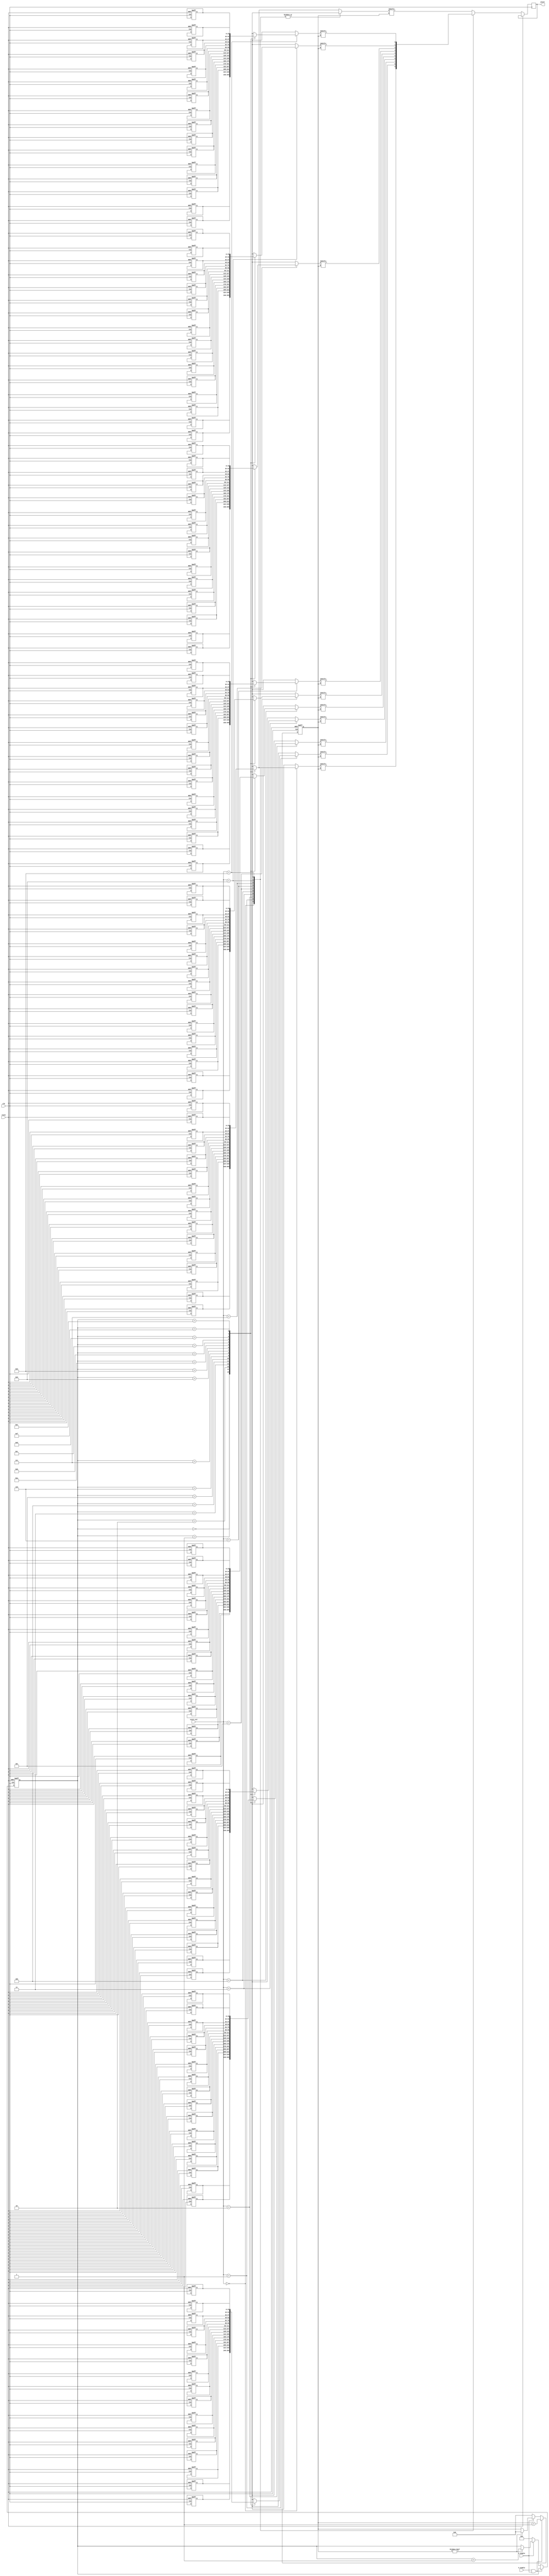
`timescale 1ns / 1ps
//////////////////////////////////////////////////////////////////////////////////
// Company: UTH
// 
// Design Name: 
// Module Name:    score_rom 
// Project Name: 
// Target Devices: 
// Tool versions: 
// Description: 
//
// Dependencies: 
//
// Revision: 
// Revision 0.01 - File Created
// Additional Comments: 
//
//////////////////////////////////////////////////////////////////////////////////
module score_rom(input clk, input reset,input [3:0] score_val, input h_enable,
input v_enable,
output reg pixel);
	reg pixel_temp;
	reg [15:0] zero [15:0];
	reg [15:0] one [15:0];
	reg [15:0] two [15:0];
	reg [15:0] three [15:0];
	reg [15:0] four [15:0];
	reg [15:0] five [15:0];
	reg [15:0] six [15:0];
	reg [15:0] seven [15:0];
	reg [15:0] eight [15:0];
	reg [15:0] nine [15:0];
	reg [4:0] counter_x;
	reg [3:0] counter_y;
	parameter S0 = 4'h0;
	parameter S1 = 4'h1;
	parameter S2 = 4'h2;
	parameter S3 = 4'h3;
	parameter S4 = 4'h4;
	parameter S5 = 4'h5;
	parameter S6 = 4'h6;
	parameter S7 = 4'h7;
	parameter S8 = 4'h8;
	parameter S9 = 4'h9;
	
	always @(posedge clk or posedge reset)
		begin
			if(reset)
				begin
//zero
					zero[0] <= 16'hffff;
					zero[1] <= 16'hffff;
					zero[2] <= 16'hf00f;
					zero[3] <= 16'hf00f;
					zero[4] <= 16'hf00f;
					zero[5] <= 16'hf00f;
					zero[6] <= 16'hf00f;
					zero[7] <= 16'hf00f;
					zero[8] <= 16'hf00f;
					zero[9] <= 16'hf00f;
					zero[10] <= 16'hf00f;
					zero[11] <= 16'hf00f;
					zero[12] <= 16'hf00f;
					zero[13] <= 16'hf00f;
					zero[14] <= 16'hffff;
					zero[15] <= 16'hffff;
//one
					one[0] <= 16'h03c0;
					one[1] <= 16'h03c0;
					one[2] <= 16'h03c0;
					one[3] <= 16'h03c0;
					one[4] <= 16'h03c0;
					one[5] <= 16'h03c0;
					one[6] <= 16'h03c0;
					one[7] <= 16'h03c0;
					one[8] <= 16'h03c0;
					one[9] <= 16'h03c0;
					one[10] <= 16'h03c0;
					one[11] <= 16'h03c0;
					one[12] <= 16'h03c0;
					one[13] <= 16'h03c0;
					one[14] <= 16'hffff;
					one[15] <= 16'hffff;
//two
					two[0] <= 16'hffff;
					two[1] <= 16'hffff;
					two[2] <= 16'hf000;
					two[3] <= 16'hf000;
					two[4] <= 16'hf000;
					two[5] <= 16'hf000;
					two[6] <= 16'hf000;
					two[7] <= 16'hffff;
					two[8] <= 16'hffff;
					two[9] <= 16'h000f;
					two[10] <= 16'h000f;
					two[11] <= 16'h000f;
					two[12] <= 16'h000f;
					two[13] <= 16'h000f;
					two[14] <= 16'hffff;
					two[15] <= 16'hffff;
//three
					three[0] <= 16'hffff;
					three[1] <= 16'hffff;
					three[2] <= 16'hf000;
					three[3] <= 16'hf000;
					three[4] <= 16'hf000;
					three[5] <= 16'hf000;
					three[6] <= 16'hf000;
					three[7] <= 16'hfff0;
					three[8] <= 16'hfff0;
					three[9] <= 16'hf000;
					three[10] <= 16'hf000;
					three[11] <= 16'hf000;
					three[12] <= 16'hf000;
					three[13] <= 16'hf000;
					three[14] <= 16'hffff;
					three[15] <= 16'hffff;
//four
					four[0] <= 16'hf00f;
					four[1] <= 16'hf00f;
					four[2] <= 16'hf00f;
					four[3] <= 16'hf00f;
					four[4] <= 16'hf00f;
					four[5] <= 16'hf00f;
					four[6] <= 16'hf00f;
					four[7] <= 16'hf00f;
					four[8] <= 16'hffff;
					four[9] <= 16'hffff;
					four[10] <= 16'hf000;
					four[11] <= 16'hf000;
					four[12] <= 16'hf000;
					four[13] <= 16'hf000;
					four[14] <= 16'hf000;
					four[15] <= 16'hf000;
//five
					five[0] <= 16'hffff;
					five[1] <= 16'hffff;
					five[2] <= 16'h000f;
					five[3] <= 16'h000f;
					five[4] <= 16'h000f;
					five[5] <= 16'h000f;
					five[6] <= 16'h000f;
					five[7] <= 16'hffff;
					five[8] <= 16'hffff;
					five[9] <= 16'hf000;
					five[10] <= 16'hf000;
					five[11] <= 16'hf000;
					five[12] <= 16'hf000;
					five[13] <= 16'hf000;
					five[14] <= 16'hffff;
					five[15] <= 16'hffff;
//six
					six[0] <= 16'hffff;
					six[1] <= 16'hffff;
					six[2] <= 16'h000f;
					six[3] <= 16'h000f;
					six[4] <= 16'h000f;
					six[5] <= 16'h000f;
					six[6] <= 16'h000f;
					six[7] <= 16'hffff;
					six[8] <= 16'hffff;
					six[9] <= 16'hf00f;
					six[10] <= 16'hf00f;
					six[11] <= 16'hf00f;
					six[12] <= 16'hf00f;
					six[13] <= 16'hf00f;
					six[14] <= 16'hffff;
					six[15] <= 16'hffff;
//seven
					seven[0] <= 16'hffff;
					seven[1] <= 16'hffff;
					seven[2] <= 16'hf000;
					seven[3] <= 16'hf000;
					seven[4] <= 16'hf000;
					seven[5] <= 16'hf000;
					seven[6] <= 16'hf000;
					seven[7] <= 16'hf000;
					seven[8] <= 16'hf000;
					seven[9] <= 16'hf000;
					seven[10] <= 16'hf000;
					seven[11] <= 16'hf000;
					seven[12] <= 16'hf000;
					seven[13] <= 16'hf000;
					seven[14] <= 16'hf000;
					seven[15] <= 16'hf000;
//eight
					eight[0] <= 16'hffff;
					eight[1] <= 16'hffff;
					eight[2] <= 16'hf00f;
					eight[3] <= 16'hf00f;
					eight[4] <= 16'hf00f;
					eight[5] <= 16'hf00f;
					eight[6] <= 16'hf00f;
					eight[7] <= 16'hffff;
					eight[8] <= 16'hffff;
					eight[9] <= 16'hf00f;
					eight[10] <= 16'hf00f;
					eight[11] <= 16'hf00f;
					eight[12] <= 16'hf00f;
					eight[13] <= 16'hf00f;
					eight[14] <= 16'hffff;
					eight[15] <= 16'hffff;
//nine
					nine[0] <= 16'hffff;
					nine[1] <= 16'hffff;
					nine[2] <= 16'hf00f;
					nine[3] <= 16'hf00f;
					nine[4] <= 16'hf00f;
					nine[5] <= 16'hf00f;
					nine[6] <= 16'hf00f;
					nine[7] <= 16'hffff;
					nine[8] <= 16'hffff;
					nine[9] <= 16'hf000;
					nine[10] <= 16'hf000;
					nine[11] <= 16'hf000;
					nine[12] <= 16'hf000;
					nine[13] <= 16'hf000;
					nine[14] <= 16'hffff;
					nine[15] <= 16'hffff;
					counter_x <= 0;
					counter_y <= 0;
				end
			else
				begin
					case(score_val)
						S0: pixel <= zero[counter_y][counter_x];
						S1: pixel <= one[counter_y][counter_x];
						S2: pixel <= two[counter_y][counter_x];
						S3: pixel <= three[counter_y][counter_x];
						S4: pixel <= four[counter_y][counter_x];
						S5: pixel <= five[counter_y][counter_x];
						S6: pixel <= six[counter_y][counter_x];
						S7: pixel <= seven[counter_y][counter_x];
						S8: pixel <= eight[counter_y][counter_x];
						S9: pixel <= nine[counter_y][counter_x];
						default: pixel <= zero[counter_y][counter_x];
					endcase
					if((h_enable & v_enable)==1)
						begin
							counter_x <= counter_x + 1;
						end
					else if (v_enable == 0)
						begin
							counter_x <= 0;
							counter_y <= 0;
						end
					else if(counter_x)
						begin
							counter_y <= counter_y + 1;
							counter_x <= 0;
						end
				end
		end
		

endmodule